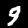
Digit: 9